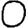
Digit: 0